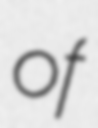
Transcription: of